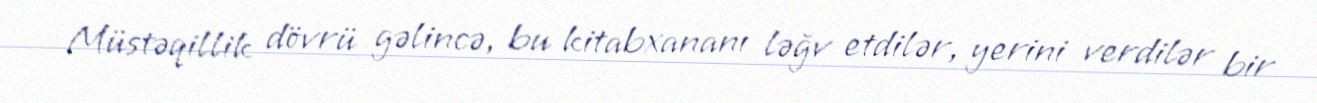
Müstəqillik dövrü gəlincə, bu kitabxananı ləğv etdilər, yerini verdilər bir